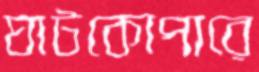
ঘাটকোপারে